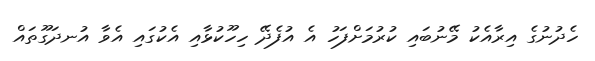
ހެދުނުގެ އިރާއެކު މޭނުބައި ކުރުމަށްފަހު އެ އުފެދޭ ހިހޫކުޅާއި އެކުގައި އެވާ އުނދަގޫތައް